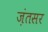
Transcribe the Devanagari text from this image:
ज़ंतसर